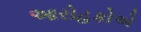
આરોહકોએ